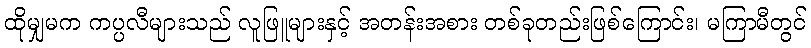
ထိုမျှမက ကပ္ပလီများသည် လူဖြူများနှင့် အတန်းအစား တစ်ခုတည်းဖြစ်ကြောင်း၊ မကြာမီတွင်